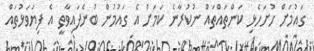
ގައުމަށް ހުށަހެޅި ކަންތައްތައް ނުކުރާނެ ކަމަށް އެ ގައުމުން ބުނެފައިވާތީ އެ ފިޔަވަޅުތައް